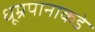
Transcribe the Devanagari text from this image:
धूम्रपानाकडे